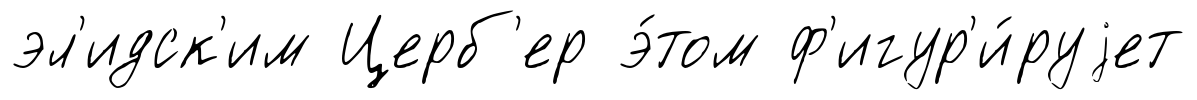
эл'идск'им Церб'ер э́том ф'игур'и́руjет